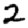
Digit: 2